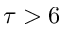
\tau > 6